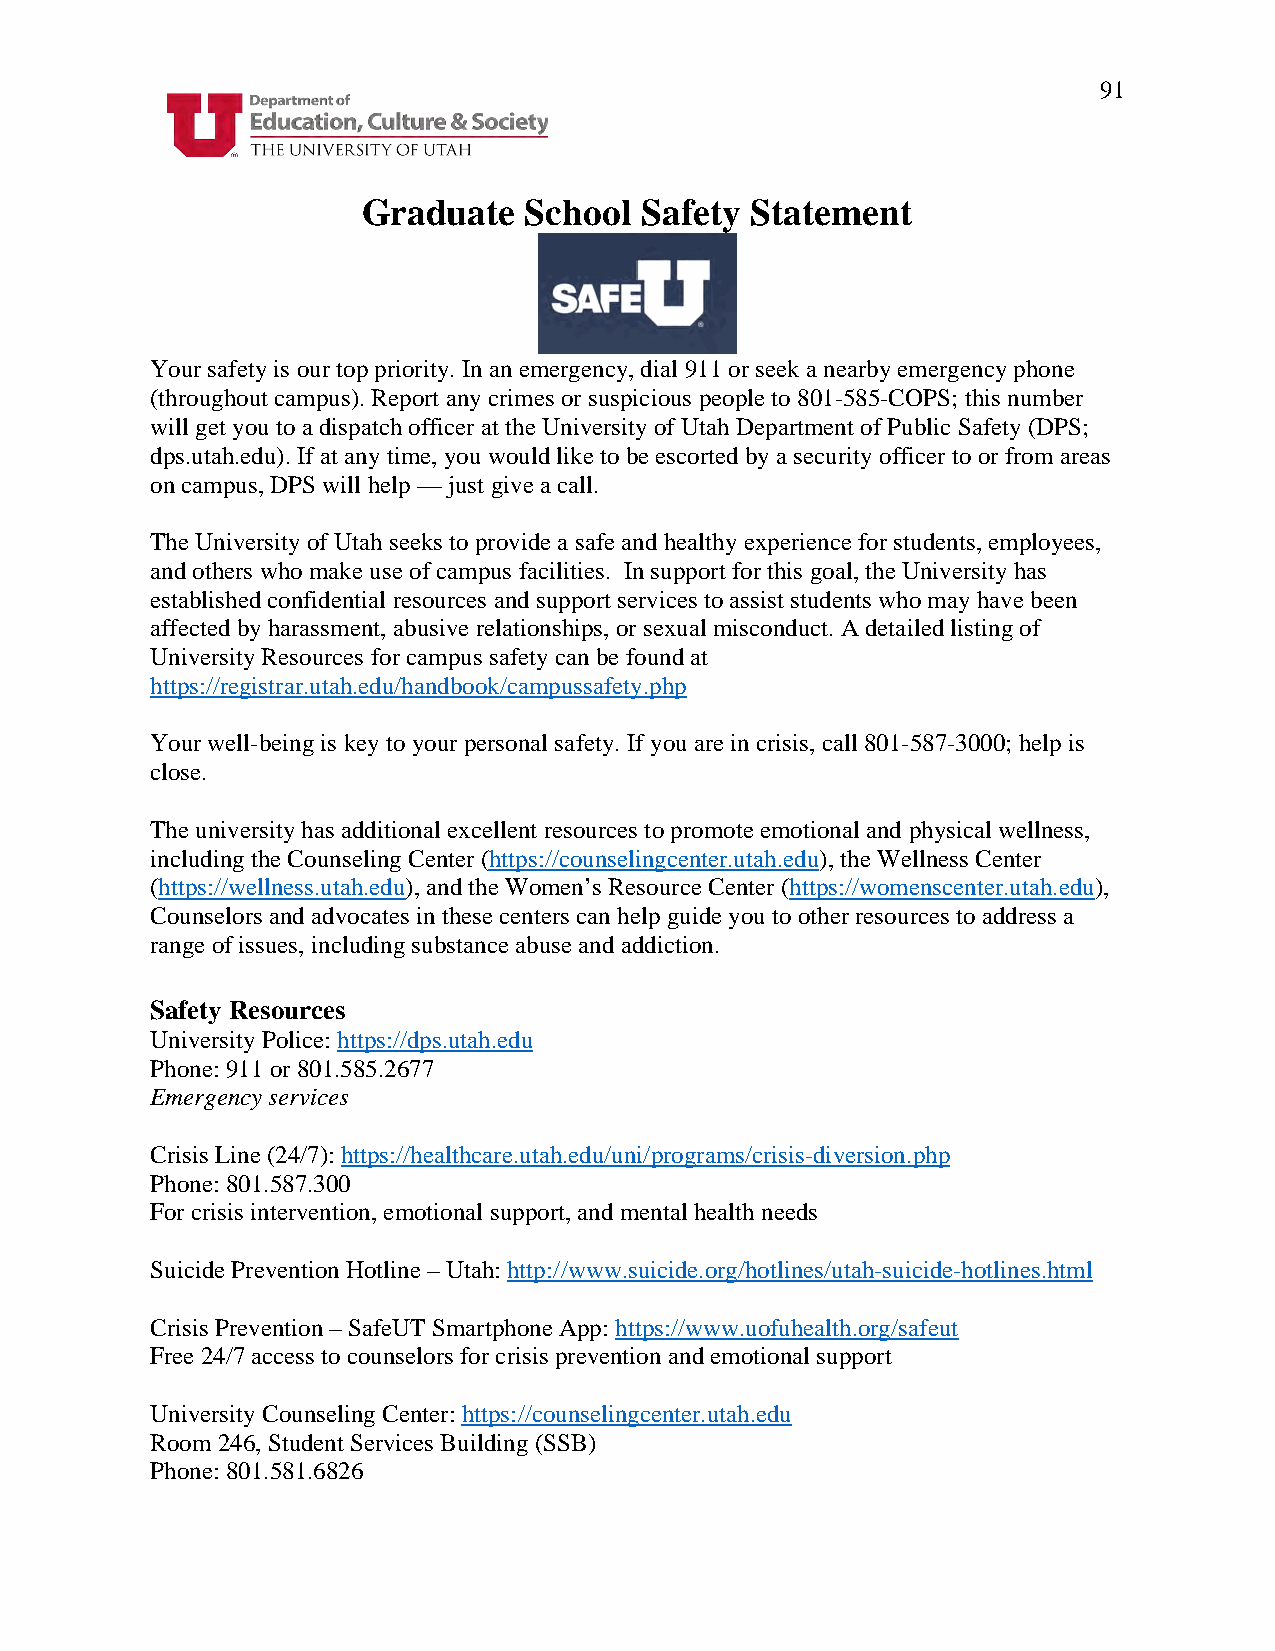
91
 Graduate   School Safety  Statement
 Your safety is our top priority. In an emergency, dial 911 or seek a nearby emergency phone
 (throughout campus). Report any crimes or suspicious people to 801-585-COPS; this number
 will get you to a dispatch officer at the University of Utah Department of Public Safety (DPS;
 dps.utah.edu). If at any time, you would like to be escorted by a security officer to or from areas
 on campus, DPS will help — just give a call.
 The University of Utah seeks to provide a safe and healthy experience for students, employees,
 and others who make use of campus facilities. In support for this goal, the University has
 established confidential resources and support services to assist students who may have been
 affected by harassment, abusive relationships, or sexual misconduct. A detailed listing of
 University Resources for campus safety can be found at
 https://registrar.utah.edu/handbook/campussafety.php
 Your well-being is key to your personal safety. If you are in crisis, call 801-587-3000; help is
 close.
 The university has additional excellent resources to promote emotional and physical wellness,
 including the Counseling Center (https://counselingcenter.utah.edu), the Wellness Center
 (https://wellness.utah.edu), and the Women’s Resource Center (https://womenscenter.utah.edu),
 Counselors and advocates in these centers can help guide you to other resources to address a
 range of issues, including substance abuse and addiction.
 Safety Resources
 University Police: https://dps.utah.edu
 Phone: 911 or 801.585.2677
 Emergency services
 Crisis Line (24/7): https://healthcare.utah.edu/uni/programs/crisis-diversion.php
 Phone: 801.587.300
 For crisis intervention, emotional support, and mental health needs
 Suicide Prevention Hotline – Utah: http://www.suicide.org/hotlines/utah-suicide-hotlines.html
 Crisis Prevention – SafeUT Smartphone App: https://www.uofuhealth.org/safeut
 Free 24/7 access to counselors for crisis prevention and emotional support
 University Counseling Center: https://counselingcenter.utah.edu
 Room 246, Student Services Building (SSB)
 Phone: 801.581.6826